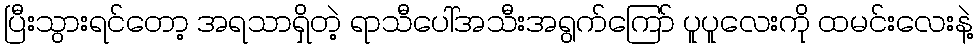
ပြီးသွားရင်တော့ အရသာရှိတဲ့ ရာသီပေါ်အသီးအရွက်ကြော် ပူပူလေးကို ထမင်းလေးနဲ့